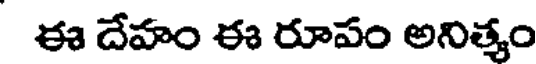
ఈ దేహం ఈ రూపం అనిత్యం